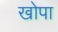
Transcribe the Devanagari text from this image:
खोपा